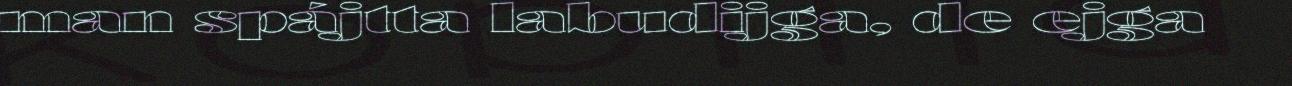
man spájtta labudijga, de ejga